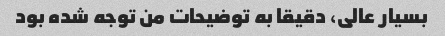
بسیار عالی، دقیقا به توضیحات من توجه شده بود